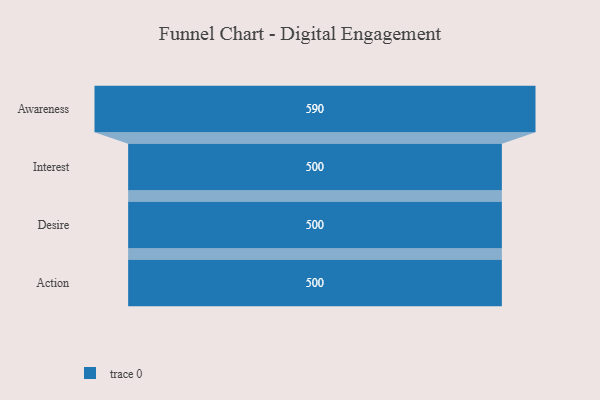
{"axis": {"x": "Stage", "y": "Value"}, "legend": [""], "data": [{"x": "Awareness", "y": 590.0, "type": ""}, {"x": "Interest", "y": 500, "type": ""}, {"x": "Desire", "y": 500, "type": ""}, {"x": "Action", "y": 500, "type": ""}]}